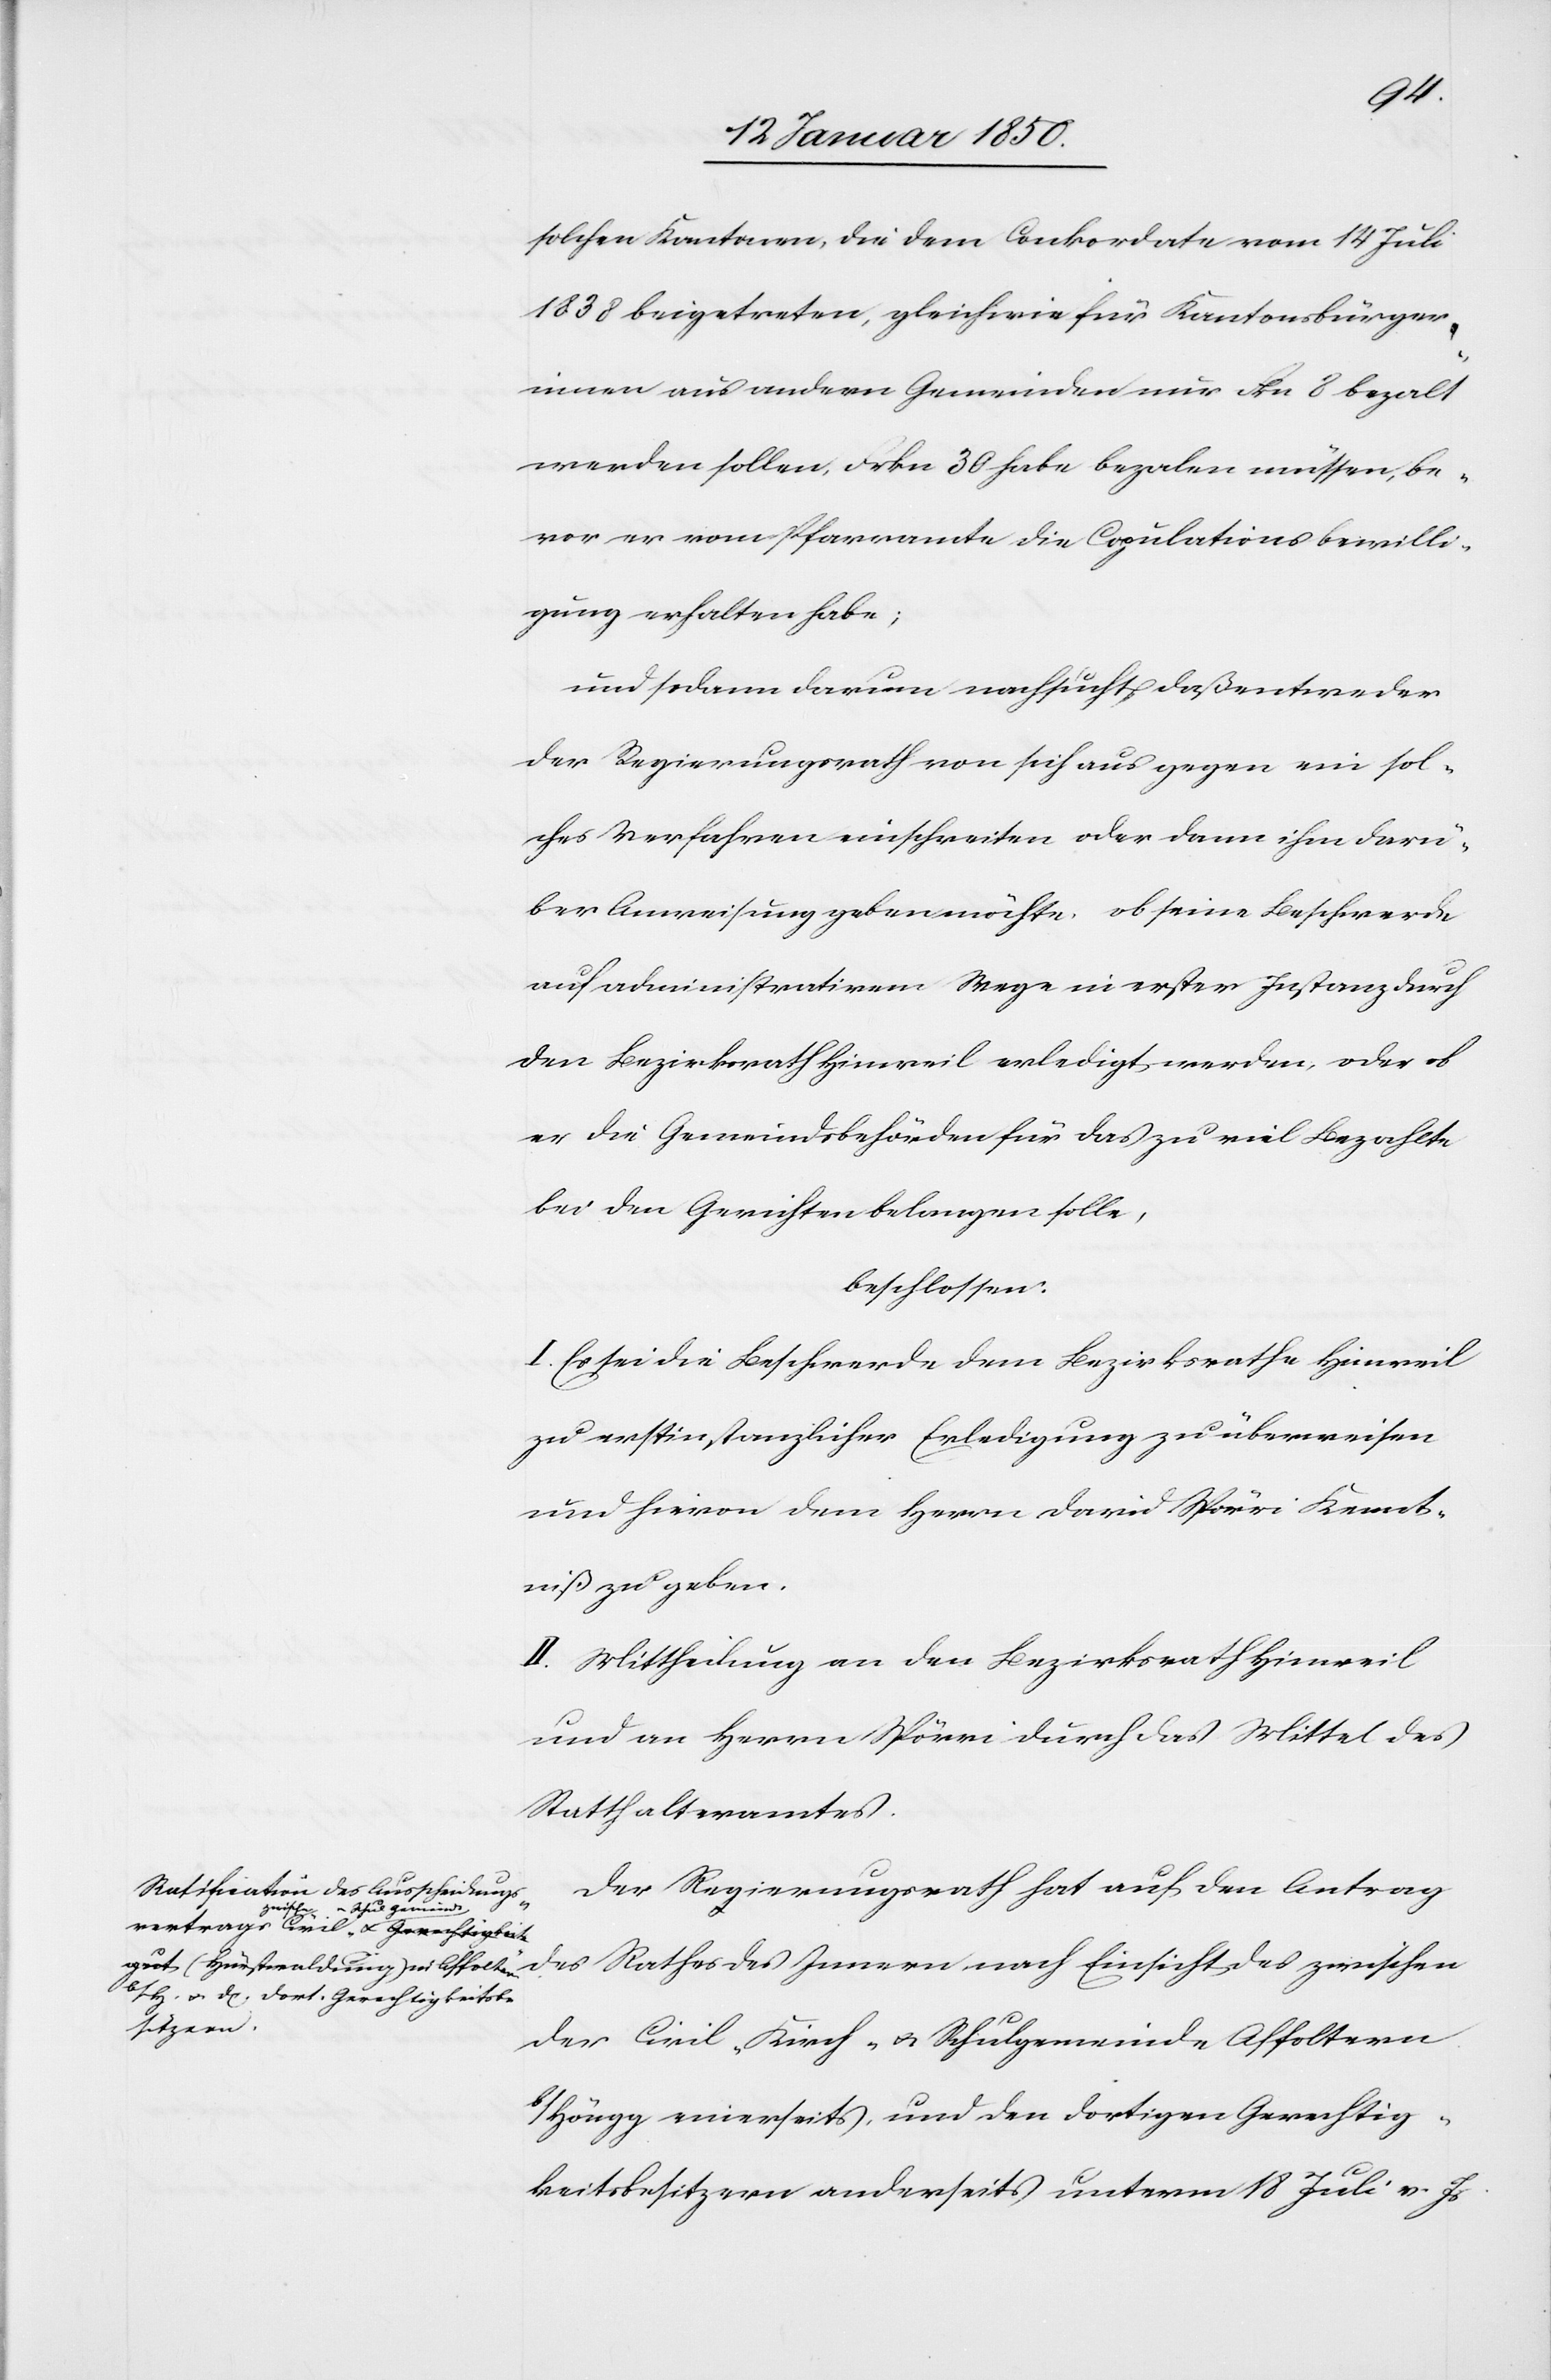
solchen Kantonen, die dem Conkordate vom 14 Juli
1838 beigetreten, gleichwie für Kantonsbürger¬
innen aus andern Gemeinden nur Fkn 8 bezalt
werden sollen, Frkn 30 habe bezalen müssen, be¬
vor er vom Pfarramte die Copulationsbewilli¬
gung erhalten habe;
und sodann darum nachsucht, daß entweder
der Regierungsrath von sich aus gegen ein sol¬
ches Verfahren einschreiten oder dann ihm darü¬
ber Anweisung geben möchte, ob seine Beschwerde
auf administrativem Wege in erster Instanz durch
den Bezirksrath Hinweil erledigt werden, oder ob
er die Gemeindsbehörden für das zu viel bezahlte
bei den Gerichten belangen solle,
beschlossen:
I. Es sei die Beschwerde dem Bezirksrathe Hinweil
zu erstinstanzlicher Erledigung zu überweisen
und hievon dem Herrn David Spörri Kennt¬
niß zu geben.
II. Mittheilung an den Bezirksrath Hinweil
und an Herrn Spörri durch das Mittel des
Statthalteramtes.
Der Regierungsrath hat auf den Antrag
der Civil- Kirch- u. Schulgemeinde Affoltern
b/Höngg einerseits, und den dortigen Gerechtig¬
keitsbesitzern anderseits unterm 18 Juli v. Js